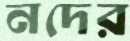
নদের